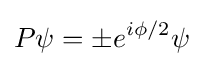
P\psi =\pm e^{i\phi /2}\psi